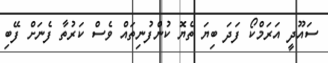
ސައޫދީ އަރަމްކޯ ފަދަ ބިޔަ ތެޔޮ ކުންފުނިތައް ވެސް ކަރުތާ ފެނަށް ފޭބި